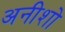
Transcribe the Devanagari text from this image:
अनीशो